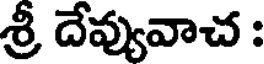
శ్రీ దేవ్యువాచ :